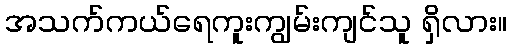
အသက်ကယ်ရေကူးကျွမ်းကျင်သူ ရှိလား။